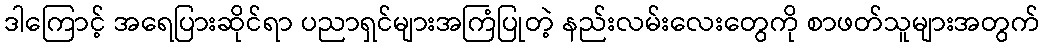
ဒါကြောင့် အရေပြားဆိုင်ရာ ပညာရှင်များအကြံပြုတဲ့ နည်းလမ်းလေးတွေကို စာဖတ်သူများအတွက်